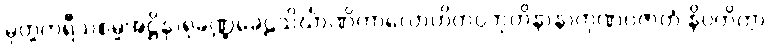
မုတ္တကရီသစမ္မအဋ္ဌိနှာရုခဏ္ဍခေဠသိင်္ဃာဏိကာလောဟိတပ္ပဘုတိနာနာကုဏပဇာတံ နိပတိတွာ